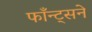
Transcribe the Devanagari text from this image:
फाँन्ट्‌सने